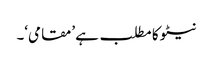
نیٹو کا مطلب ہے ’مقامی‘۔